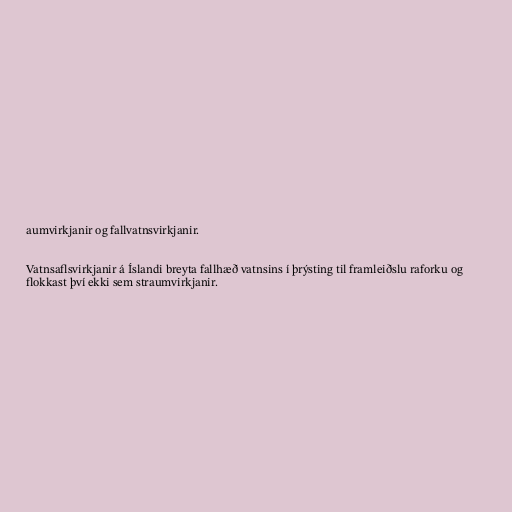
aumvirkjanir og fallvatnsvirkjanir.

Vatnsaflsvirkjanir á Íslandi breyta fallhæð vatnsins í þrýsting til framleiðslu raforku og
flokkast því ekki sem straumvirkjanir.